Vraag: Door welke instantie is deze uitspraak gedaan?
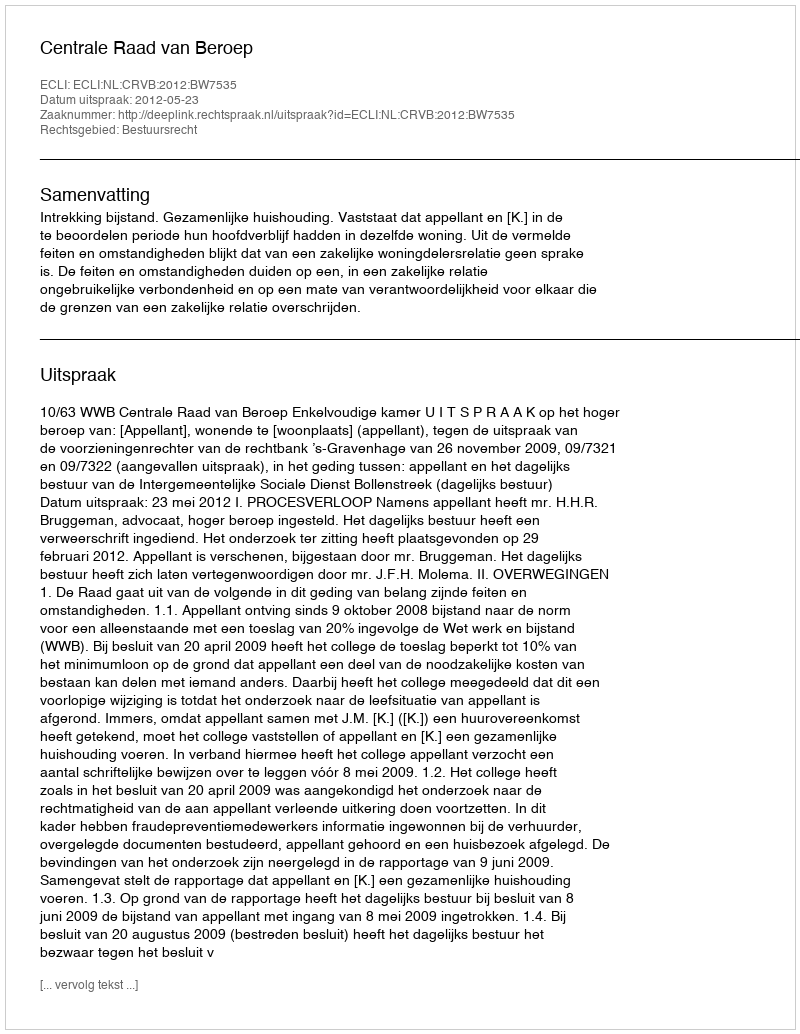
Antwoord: Centrale Raad van Beroep